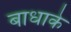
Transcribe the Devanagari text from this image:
बाधाके